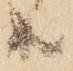
共